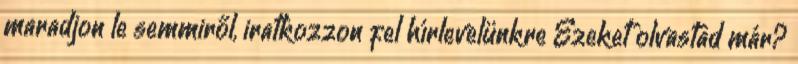
maradjon le semmiről, iratkozzon fel hírlevelünkre Ezeket olvastad már?